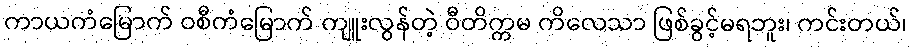
ကာယကံမြောက် ဝစီကံမြောက် ကျူးလွန်တဲ့ ဝီတိက္ကမ ကိလေသာ ဖြစ်ခွင့်မရဘူး၊ ကင်းတယ်၊